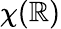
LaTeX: \chi(\mathbb{R})